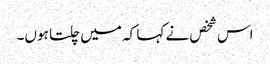
اس شخص نے کہا کہ میں چلتا ہوں۔